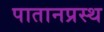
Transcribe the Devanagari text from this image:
पातानप्रस्थ